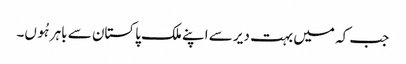
جب کہ میں بہت دیر سے اپنے ملک پاکستان سے باہر ہُوں۔